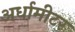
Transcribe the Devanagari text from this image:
अर्धामीटर